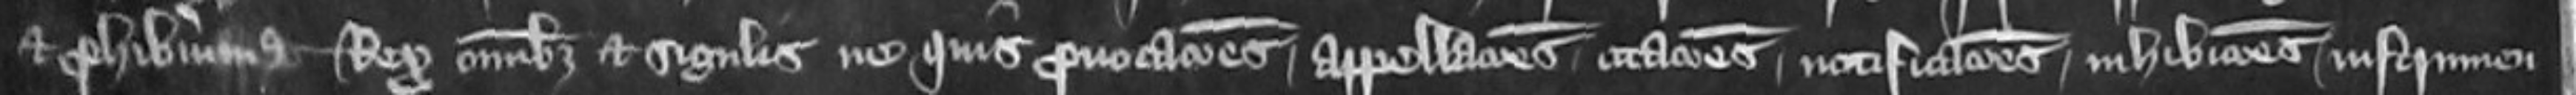
et prohibimus Rex omnibus et singulis ne quis provocations appellaciones citationes notificationes inhibitiones instrumen